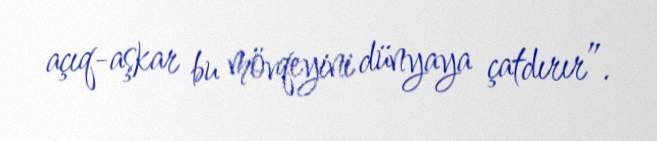
açıq-aşkar bu mövqeyini dünyaya çatdırır”.